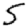
Digit: 5